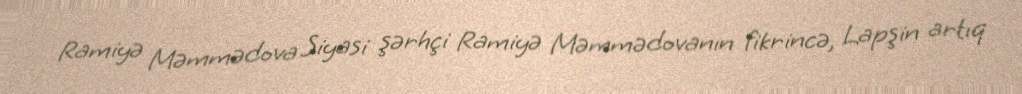
Ramiyə Məmmədova Siyasi şərhçi Ramiyə Məmmədovanın fikrincə, Lapşin artıq